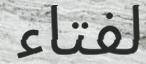
لفتاء